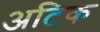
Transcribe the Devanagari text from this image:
अटिक